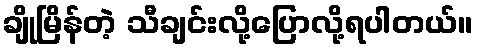
ချိုမြိန်တဲ့ သီချင်းလို့ပြောလို့ရပါတယ်။